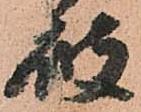
破